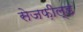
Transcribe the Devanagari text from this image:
सेजफ़ील्ड